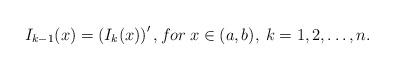
LaTeX: \begin{align*}I_{k-1}(x)=\left(I_k(x)\right)',for \:x\in(a,b), \:k=1,2,\ldots,n.\end{align*}